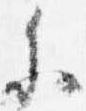
参